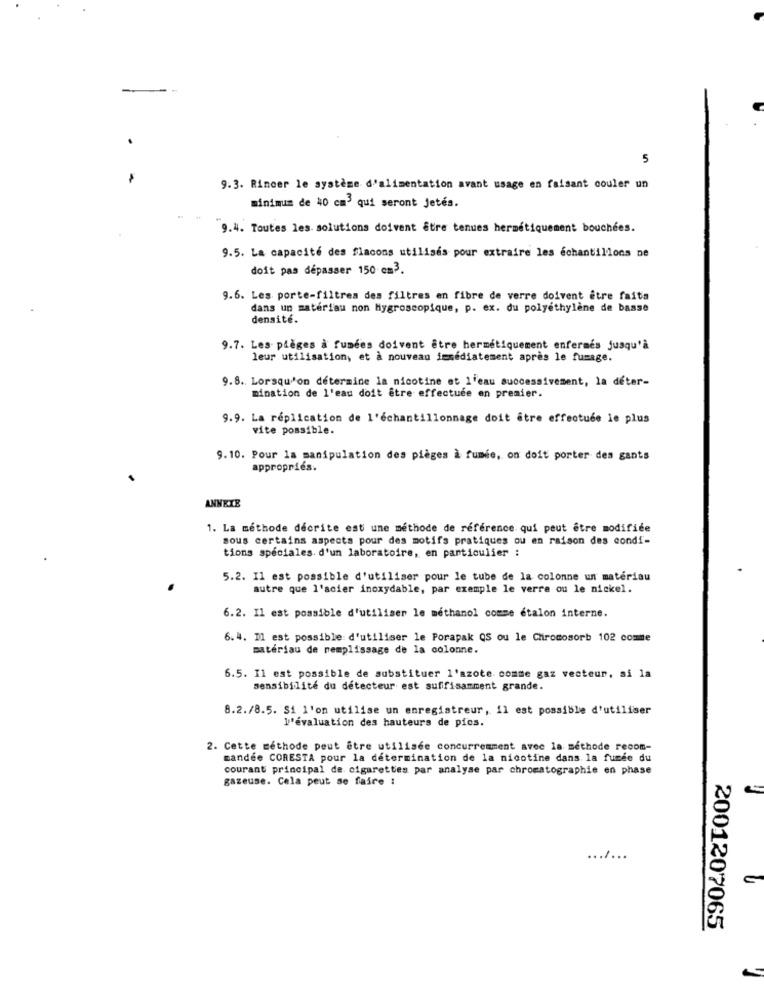
5
9.3. Rincer le système d'alimentation avant usage en faisant couler un
minimum de 40 cm3 qui seront jetés.
9.4. Toutes les. solutions doivent être tenues hermétiquement bouchées.
9.5. La capacité des flacons utilisés pour extraire les échantillons ne
doit pas dépasser 150 cm3.
9.6. Les porte-filtres des filtres en fibre de verre doivent être faits
dans un matériau non hygroscopique, p. ex. du polyéthylène de basse
densité.
9.7. Les pièges à fumées doivent être hermétiquement enfermés jusqu'à
leur utilisation, et à nouveau immédiatement après le fumage.
9.8. Lorsqu'on determine la nicotine et l'eau successivement, la deter-
mination de l'eau doit être effectuée en premier.
9.9. La réplication de l'échantillonnage doit être effectuée le plus
vite possible.
9.10. Pour la manipulation des pièges à fumée, on doit porter des gants
appropriés.
ANNETE
1. La méthode décrite est une méthode de référence qui peut être modifiée
sous certains aspects pour des motifs pratiques ou en raison des condi-
tions spéciales d'un laboratoire, en particulier :
5.2. Il est possible d'utiliser pour le tube de la colonne un matériau
autre que l'acier inoxydable, par exemple le verre ou le nickel.
6.2. Il est possible d'utiliser le methanol comme etalon interne.
6. 4. Il est possible d'utiliser le Porapak QS ou le Chromosorb 102 comme
matériau de remplissage de la colonne.
6.5. Il est possible de substituer l'azote comme gaz vecteur, si la
sensibilité du détecteur est suffisamment grande.
8.2./8.5. Si l'on utilise un enregistreur, il est possible d'utiliser
l'évaluation des hauteurs de pics.
2. Cette méthode peut être utilisée concurremment avec la méthode recom-
mandée CORESTA pour la détermination de la nicotine dans la fumée du
courant principal de cigarettes par analyse par chromatographie en phase
gazeuse. Cela peut se faire :
.......
2001207065